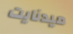
ميدنايت